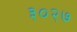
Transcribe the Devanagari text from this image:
३०२७